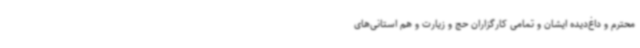
محترم و داغ‌دیده ایشان و تمامی کارگزاران حج و زیارت و هم استانی‌های